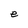
Character: e